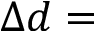
\Delta d =